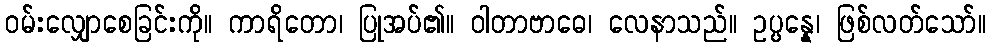
ဝမ်းလျှောစေခြင်းကို။ ကာရိတော၊ ပြုအပ်၏။ ဝါတာဗာဓေ၊ လေနာသည်။ ဥပ္ပန္နေ၊ ဖြစ်လတ်သော်။